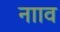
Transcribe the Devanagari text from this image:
नााव